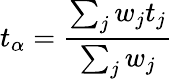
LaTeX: t_{\alpha}=\frac{\sum_{j}w_{j}t_{j}}{\sum_{j}w_{j}}